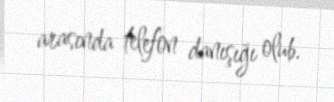
arasında telefon danışığı olub.